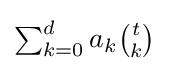
{\textstyle \sum _{k=0}^{d}a_{k}{\binom {t}{k}}}